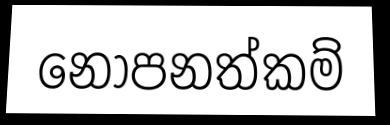
නොපනත්කම්